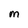
Character: M